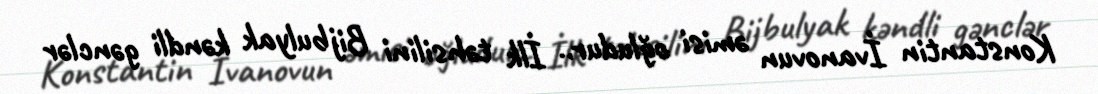
Konstantin İvanovun əmisi oğludur.. İlk təhsilini Bijbulyak kəndli gənclər